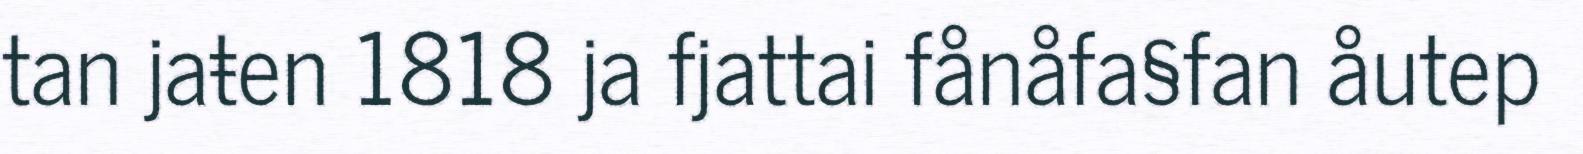
tan jaŧen 1818 ja fjattai fånåfa§fan åutep